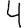
Digit: 4